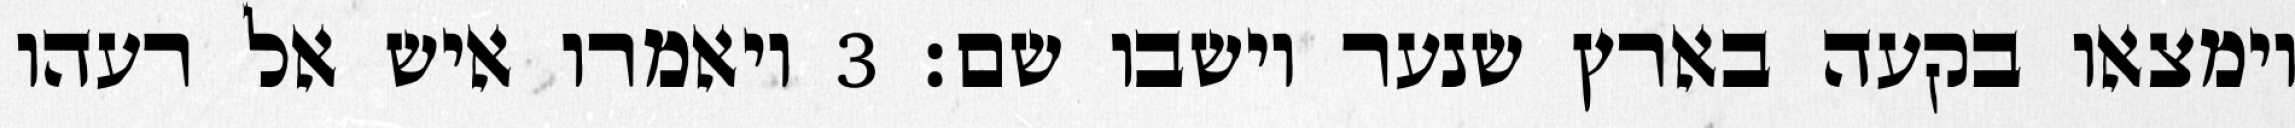
וימצאו בקעה בארץ שנער וישבו שם׃ ‎3‏ ויאמרו איש אל רעהו